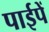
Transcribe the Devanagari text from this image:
पाईपें